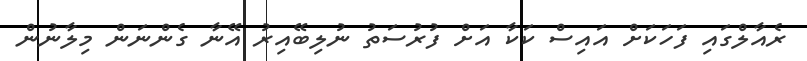
ރެއާލްގައި ފަހަކަށް އައިސް ކަކާ އަށް ފުރުސަތު ނުލިބޭއިރު އޭނާ ގެންނަން މިލާނުން